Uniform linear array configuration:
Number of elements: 8
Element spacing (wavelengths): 0.5
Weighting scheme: kaiser
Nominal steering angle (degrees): -45
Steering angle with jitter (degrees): -46.293
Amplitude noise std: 0.05
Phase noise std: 0.05

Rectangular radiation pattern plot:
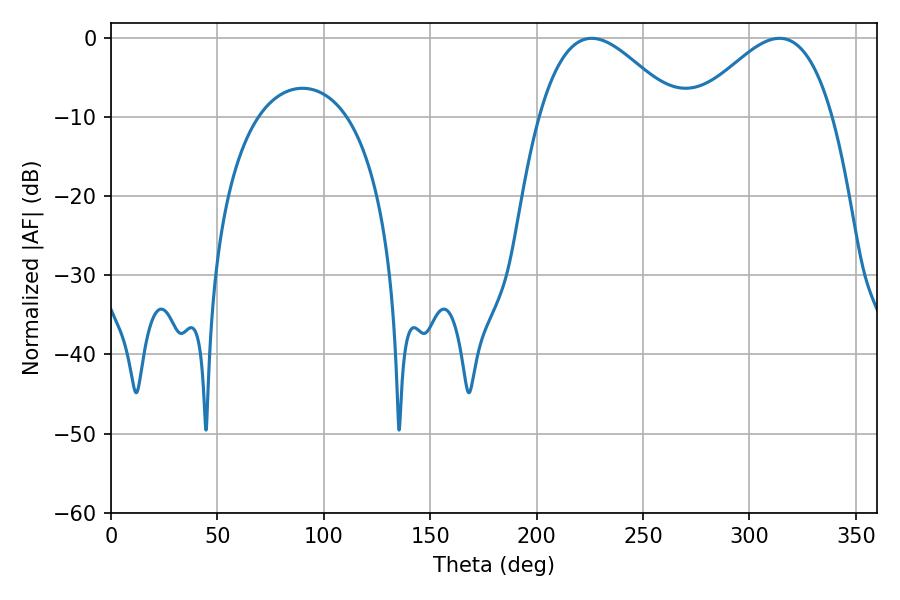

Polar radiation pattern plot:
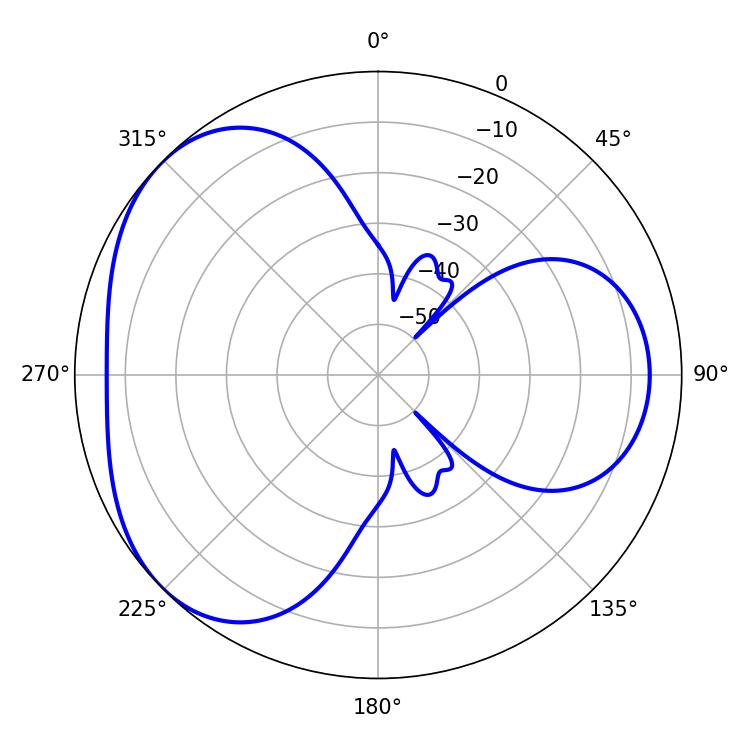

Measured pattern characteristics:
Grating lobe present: FALSE
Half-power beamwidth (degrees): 34.92
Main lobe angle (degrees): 225.9